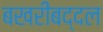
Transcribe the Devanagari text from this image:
बखरीबद्दल